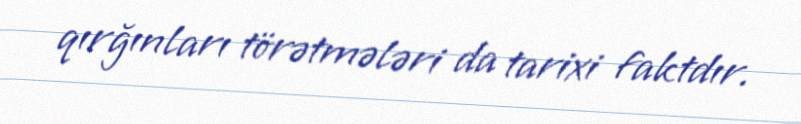
qırğınları törətmələri da tarixi faktdır.